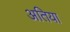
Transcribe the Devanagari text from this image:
अतिया